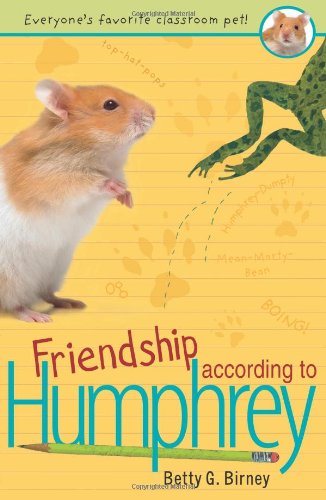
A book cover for Friendship According to Humphrey; Betty G.  Birney; Children's Books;